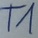
Text: T1